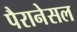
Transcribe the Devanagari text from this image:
पैरानेसल